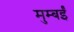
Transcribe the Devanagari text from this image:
मुम्बईं